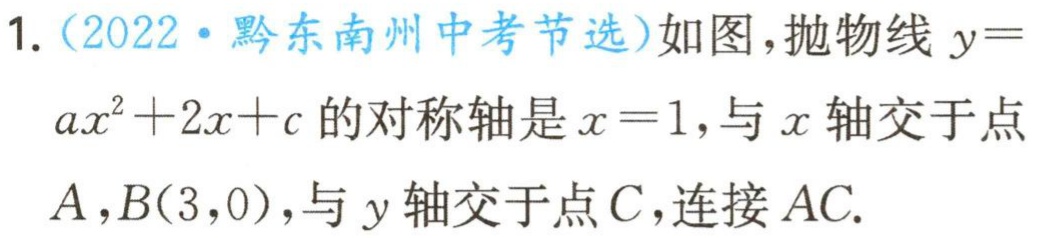
1.（2022·黔东南州中考节选）如图，抛物线\(y = ax^{2}+2x + c\)的对称轴是\(x = 1\)，与\(x\)轴交于点\(A,B(3,0)\)，与\(y\)轴交于点\(C\)，连接\(AC\).